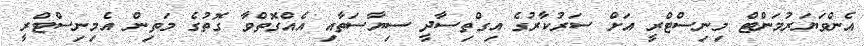
އެންވަޔަރުމަންޓް މިނިސްޓްރީ އަށް ސަރުކާރުގެ އިގްތިސާދީ ސިޔާސަތާއި އެއްގޮތްވާ ގޮތުގެ މަތިން އެމިނިސްޓްރީ